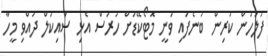
ފުލުހުން ކުރިން ބުނެފައި ވަނީ މޮޓޯކޭޑަށް ހުރަސް އެެޅި ސައިކަލް ދުއްވި މީހާ